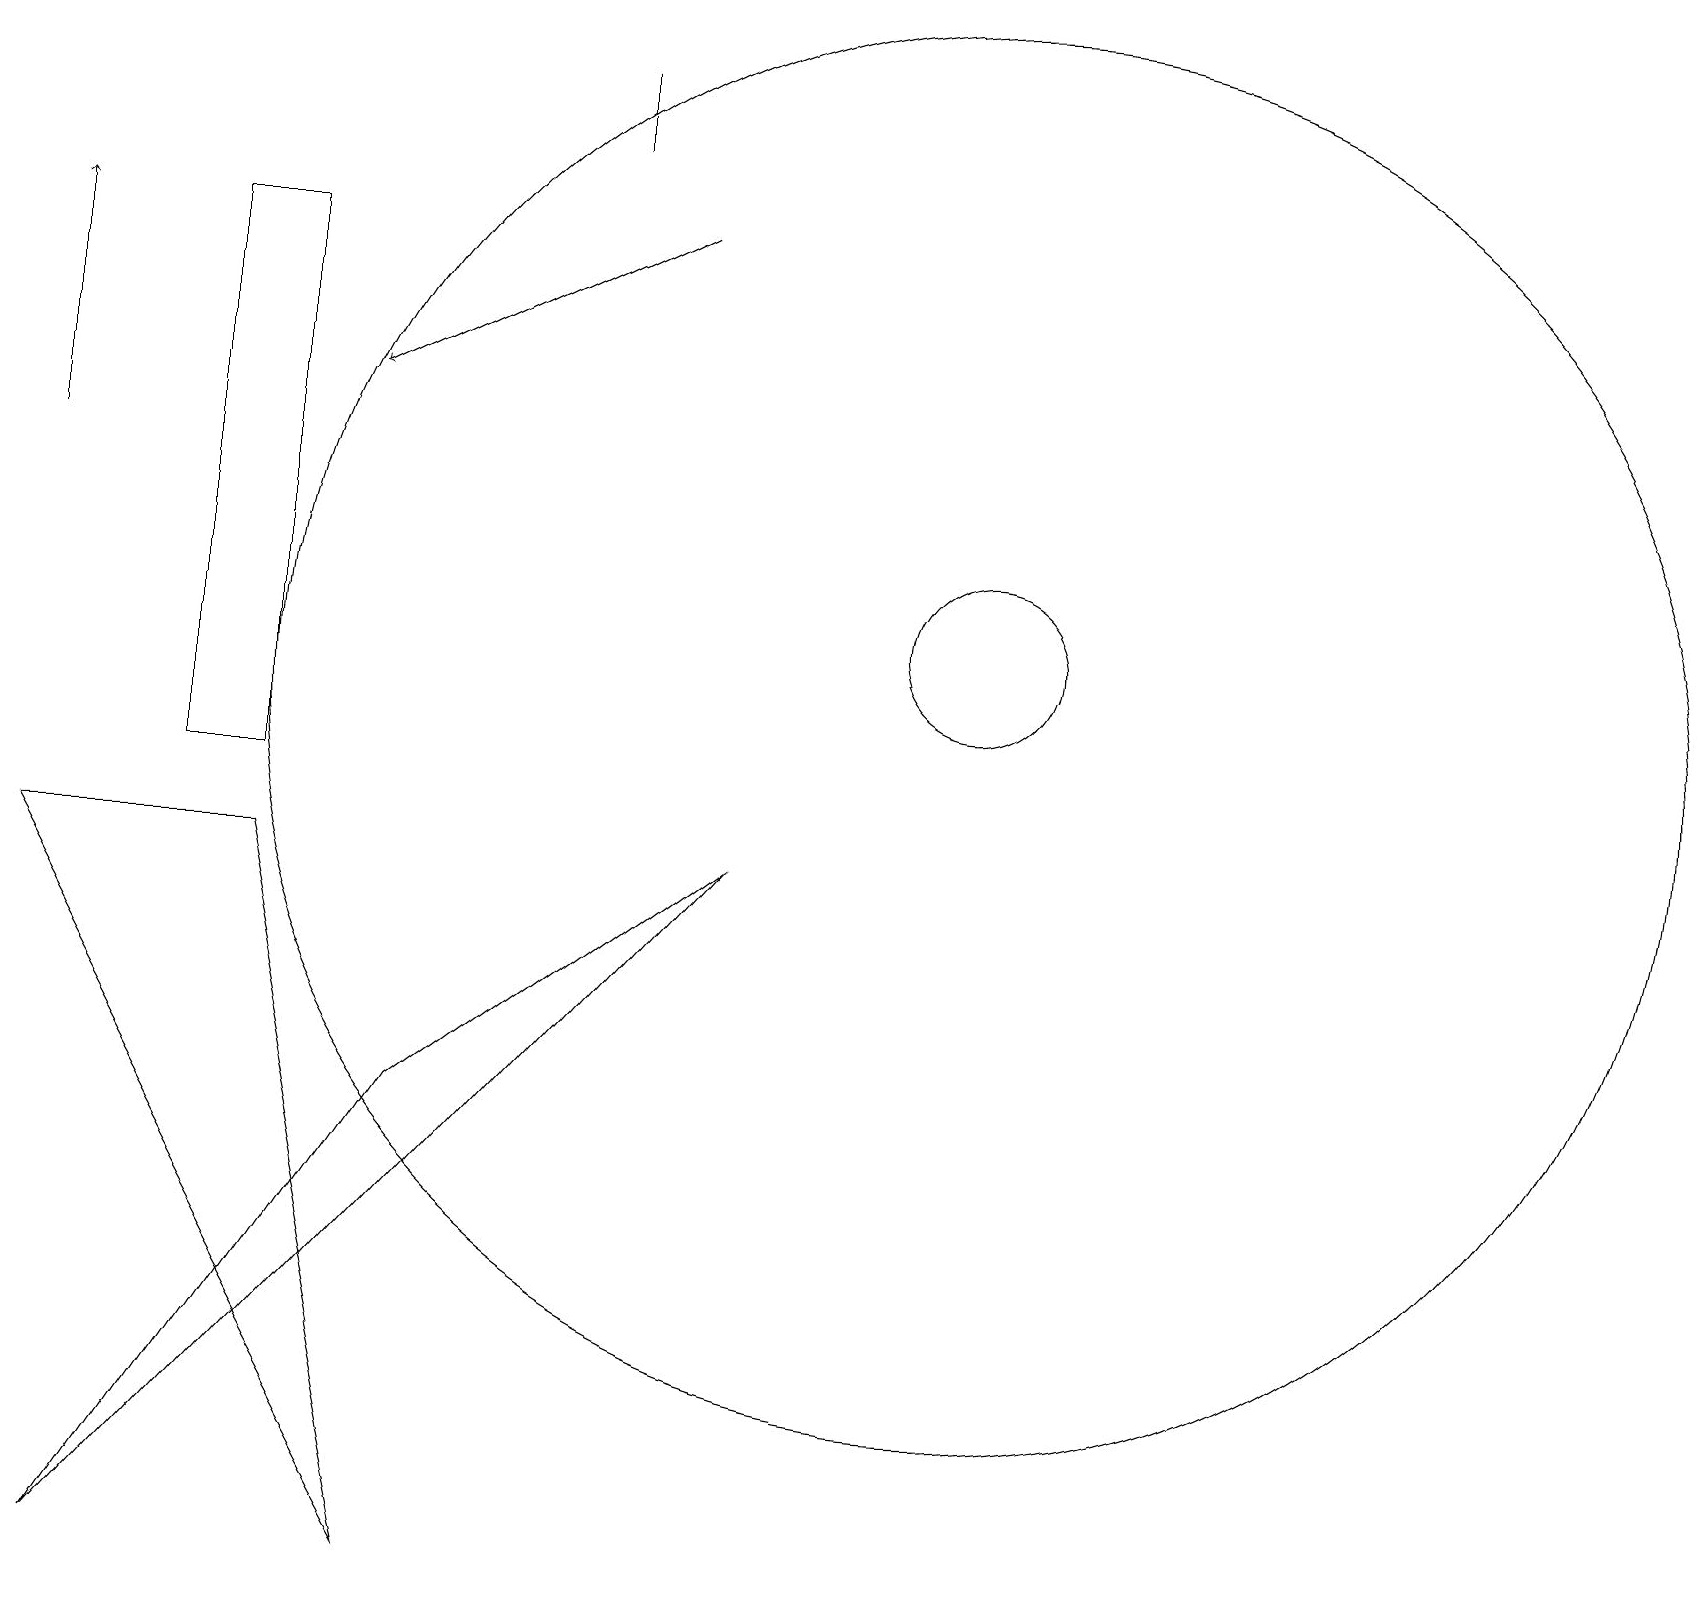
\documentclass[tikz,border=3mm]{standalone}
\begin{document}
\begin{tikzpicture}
\draw (3,9) -- (5,0) -- (0,9) -- cycle;
\draw (7,18) rectangle (7,19);
\draw[->] (0,14) -- (0,17);
\draw (3,17) rectangle (2,10);
\draw[->] (8,17) -- (4,15);
\draw (12,11) circle (9);
\draw (12,12) circle (1);
\draw (1,0) -- (5,6) -- (9,9) -- cycle;
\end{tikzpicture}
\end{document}